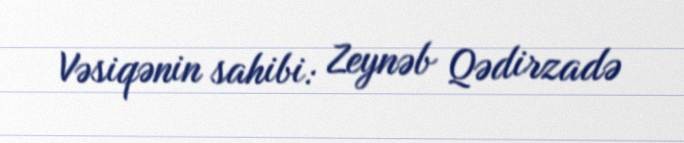
Vəsiqənin sahibi: Zeynəb Qədirzadə